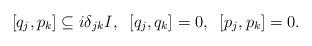
LaTeX: \begin{align*}[ q_{j},p_{k}]\subseteq i\delta_{jk}I,\;\;[q_{j},q_{k}]=0,\;\;[p_{j},p_{k}]=0. \end{align*}